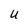
Character: U